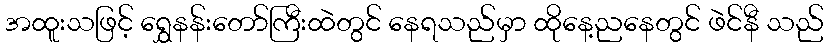
အထူးသဖြင့် ရွှေနန်းတော်ကြီးထဲတွင် နေရသည်မှာ ထိုနေ့ညနေတွင် ဖဲင်နီ သည်